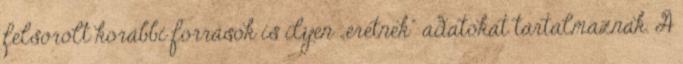
felsorolt korábbi források is ilyen „eretnek" adatokat tartalmaznak. A